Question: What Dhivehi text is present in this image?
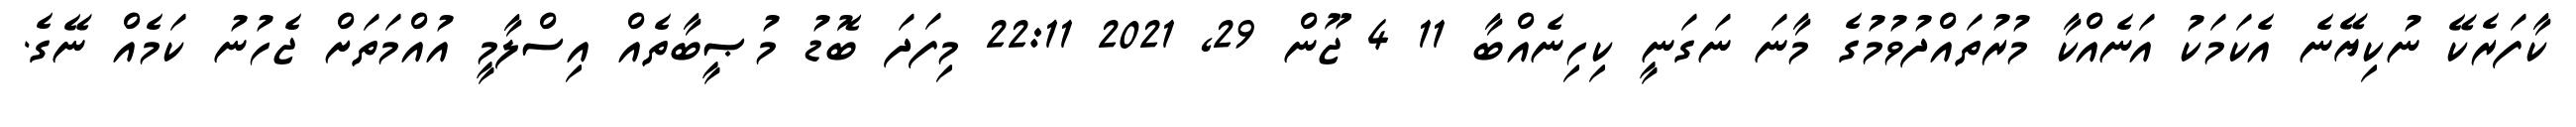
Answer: ކާފަރެކޭ ނުކިޔޭނެ އެކަމަކު އަނެއްކާ މުރުތައްދުވުމުގެ މާނަ ނަގަނީ ކިހިނެއްބާ 11 4 ޖޫން 29, 2021 22:11 މިފަދަ ބޮޑު މުޞީބާތެއް އިސްލާމީ އުއްމަތަށް ޖެހުނު ކަމެއް ނޭގެ.